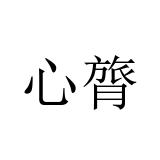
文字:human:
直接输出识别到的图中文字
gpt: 心膂